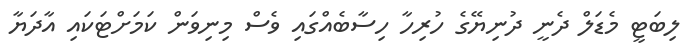
ލިބަޓީ މެޑަލް ދެނީ ދުނިޔޭގެ ހުރިހާ ހިސާބެއްގައި ވެސް މިނިވަން ކަމަށްޓަކައި އާދަޔާ